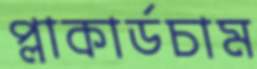
প্লাকার্ডচাম